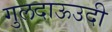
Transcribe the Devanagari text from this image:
गुलदाऊउदी